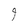
Character: 9